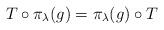
LaTeX: \begin{align*}T\circ \pi_\lambda(g) = \pi_\lambda(g)\circ T\end{align*}